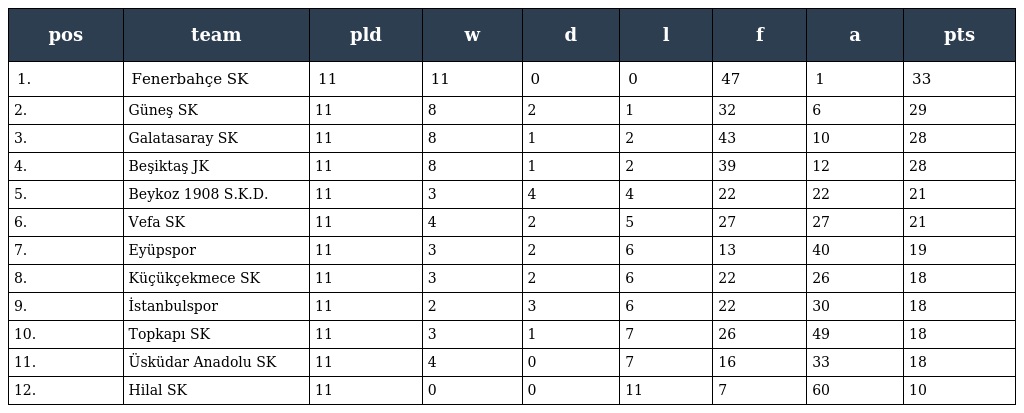
| pos | team | pld | w | d | l | f | a | pts |
 | --- | --- | --- | --- | --- | --- | --- | --- | --- |
 | 1. | Fenerbahçe SK | 11 | 11 | 0 | 0 | 47 | 1 | 33 |
 | 2. | Güneş SK | 11 | 8 | 2 | 1 | 32 | 6 | 29 |
 | 3. | Galatasaray SK | 11 | 8 | 1 | 2 | 43 | 10 | 28 |
 | 4. | Beşiktaş JK | 11 | 8 | 1 | 2 | 39 | 12 | 28 |
 | 5. | Beykoz 1908 S.K.D. | 11 | 3 | 4 | 4 | 22 | 22 | 21 |
 | 6. | Vefa SK | 11 | 4 | 2 | 5 | 27 | 27 | 21 |
 | 7. | Eyüpspor | 11 | 3 | 2 | 6 | 13 | 40 | 19 |
 | 8. | Küçükçekmece SK | 11 | 3 | 2 | 6 | 22 | 26 | 18 |
 | 9. | İstanbulspor | 11 | 2 | 3 | 6 | 22 | 30 | 18 |
 | 10. | Topkapı SK | 11 | 3 | 1 | 7 | 26 | 49 | 18 |
 | 11. | Üsküdar Anadolu SK | 11 | 4 | 0 | 7 | 16 | 33 | 18 |
 | 12. | Hilal SK | 11 | 0 | 0 | 11 | 7 | 60 | 10 |